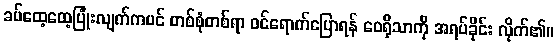
ခပ်ထေ့ထေ့ပြုံးလျက်ကပင် တစ်စုံတစ်ရာ ဝင်ရောက်ပြောရန် ဝေရိုသာကို အရပ်ခိုင်း လိုက်၏။